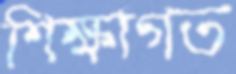
শিক্ষাগত